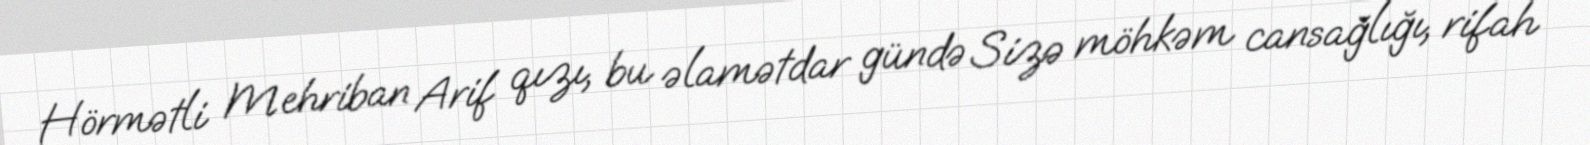
Hörmətli Mehriban Arif qızı, bu əlamətdar gündə Sizə möhkəm cansağlığı, rifah